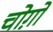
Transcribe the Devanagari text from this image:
चोग़ों